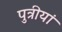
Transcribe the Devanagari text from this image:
पुत्रीयां